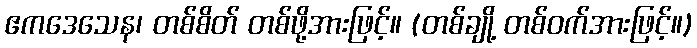
ဧကဒေသေန၊ တစ်စိတ် တစ်ဖို့အားဖြင့်။ (တစ်ချို့ တစ်ဝက်အားဖြင့်။)